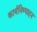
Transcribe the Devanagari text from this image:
कार्यनिष्‍पादन